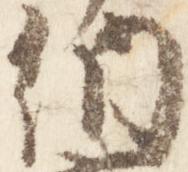
納